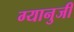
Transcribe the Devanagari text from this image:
ग्यानुजी